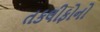
તકલીફોનો